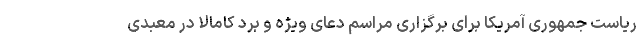
ریاست جمهوری آمریکا برای برگزاری مراسم دعای ویژه و برد کامالا در معبدی